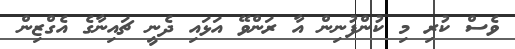
ވެސް ކުރި މި ކުންފުނިން އާ ރަންވޭ އަޅައި ދެނީ ޗައިނާގެ އެގްޒިން